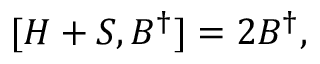
[ H + S , B ^ { \dagger } ] = 2 B ^ { \dagger } ,